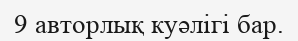
9 авторлық куәлігі бар.